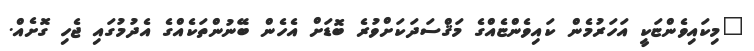
"މިކައިވެންޏަކީ އަހަރުމެން ކައިވެންޏެއްގެ މަޤްސަދަކަށްވުރެ ބޮޑަށް އެހެން ބޭނުންތަކެއްގެ އެދުމުގައި ޖެހި ގޮށެއް.